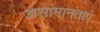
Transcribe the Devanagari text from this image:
असामानताएं